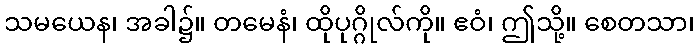
သမယေန၊ အခါ၌။ တမေနံ၊ ထိုပုဂ္ဂိုလ်ကို။ ဧဝံ၊ ဤသို့။ စေတသာ၊